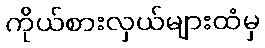
ကိုယ်စားလှယ်များထံမှ